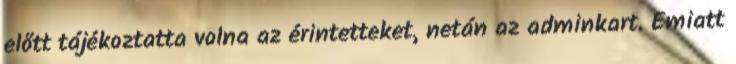
előtt tájékoztatta volna az érintetteket, netán az adminkart. Emiatt